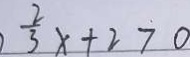
\frac { 2 } { 3 } x + 2 7 0